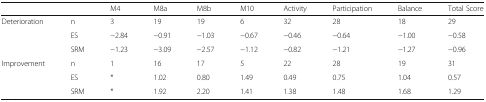
| <COLSPAN=2>  | M4 | M8a | M8b | M10 | Activity | Participation | Balance | Total Score |
 | --- | --- | --- | --- | --- | --- | --- | --- | --- | --- |
 | Deterioration | n | 3 | 19 | 19 | 6 | 32 | 28 | 18 | 29 |
 |  | ES | −2.84 | −0.91 | −1.03 | −0.67 | −0.46 | −0.64 | −1.00 | −0.58 |
 |  | SRM | −1.23 | −3.09 | −2.57 | −1.12 | −0.82 | −1.21 | −1.27 | −0.96 |
 | Improvement | n | 1 | 16 | 17 | 5 | 22 | 28 | 19 | 31 |
 |  | ES | * | 1.02 | 0.80 | 1.49 | 0.49 | 0.75 | 1.04 | 0.57 |
 |  | SRM | * | 1.92 | 2.20 | 1.41 | 1.38 | 1.48 | 1.68 | 1.29 |